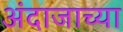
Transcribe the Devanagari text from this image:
अंदाजाच्या